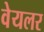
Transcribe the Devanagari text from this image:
वेयलर